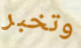
وتخبر